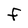
Character: f